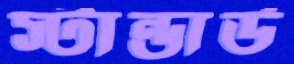
স্টান্ডার্ড